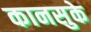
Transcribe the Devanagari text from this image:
कानसुके